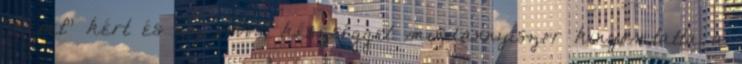
"képet" kért és az orvos, készséggel mindannyiszor kinyomtatta a